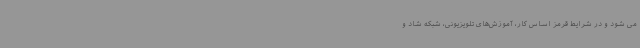
می شود و در شرایط قرمز اساس کار، آموزش‌های تلویزیونی، شبکه شاد و